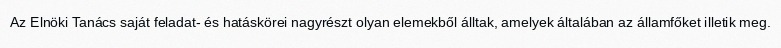
Az Elnöki Tanács saját feladat- és hatáskörei nagyrészt olyan elemekből álltak, amelyek általában az államfőket illetik meg.